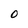
Character: 0